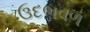
ઉદભવળ